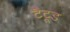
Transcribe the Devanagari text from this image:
टैटूड